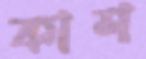
কাশ